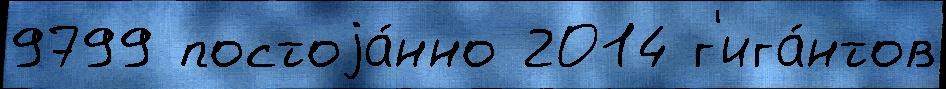
9799 постоjа́нно 2014 г'ига́нтов